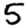
Digit: 5